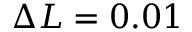
\Delta L = 0 . 0 1